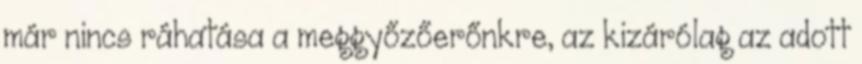
már nincs ráhatása a meggyőzőerőnkre, az kizárólag az adott